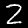
Label: 2